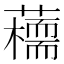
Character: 𧂦